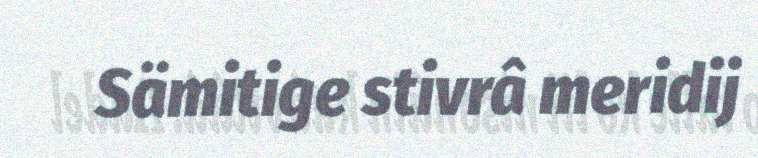
Sämitige stivrâ meridij